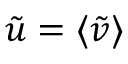
\tilde { u } = \langle \tilde { v } \rangle